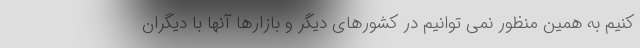
کنیم به همین منظور نمی توانیم در کشورهای دیگر و بازارها آنها با دیگران